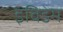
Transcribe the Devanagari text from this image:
इविडेम